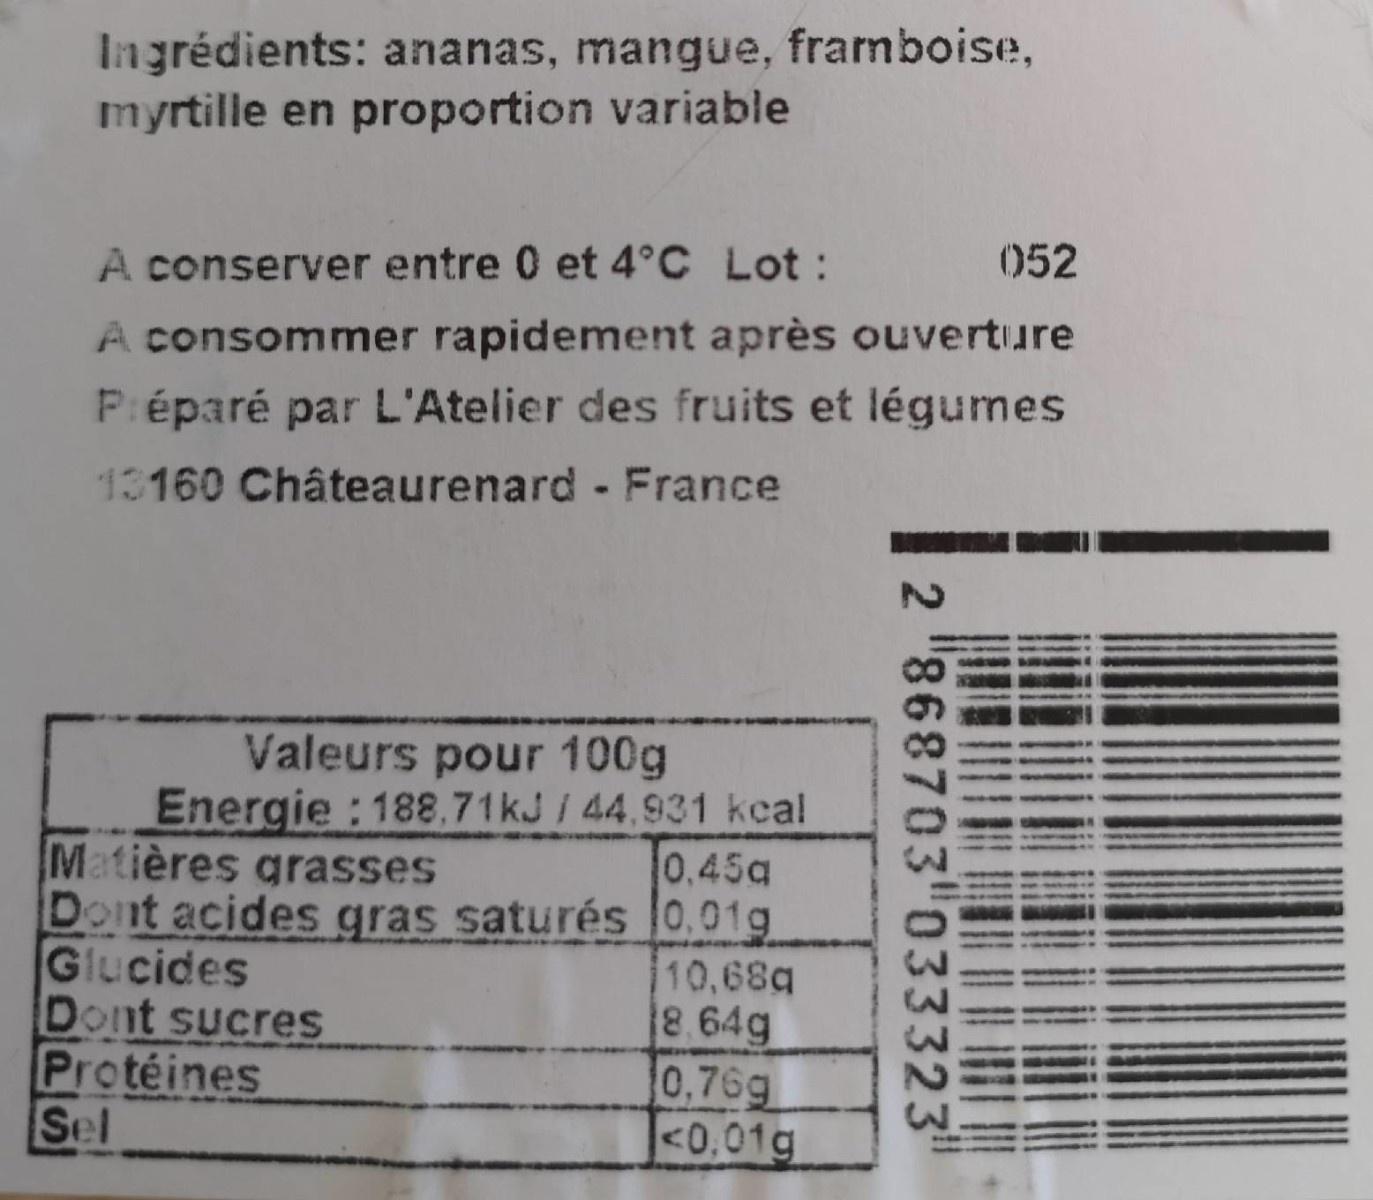
Ingrédients: ananas, mangue, framboise, myrtille en proportion variable 052 A conserver entre 0 et 4°C Lot: A consommer rapidement après ouverture P:éparé par L'Atelier des fruits et légumes 13160 Châteaurenard France Valeurs pour 100g Energie : 188,71kJ/ 44,931 kcal Matières grasses Dont acides gras saturés 0.01g Glucides Dont sucres Protéines Sel 0.45a 10,68q 8.64g 0,76g |<0,01g 2 "868703 033323'